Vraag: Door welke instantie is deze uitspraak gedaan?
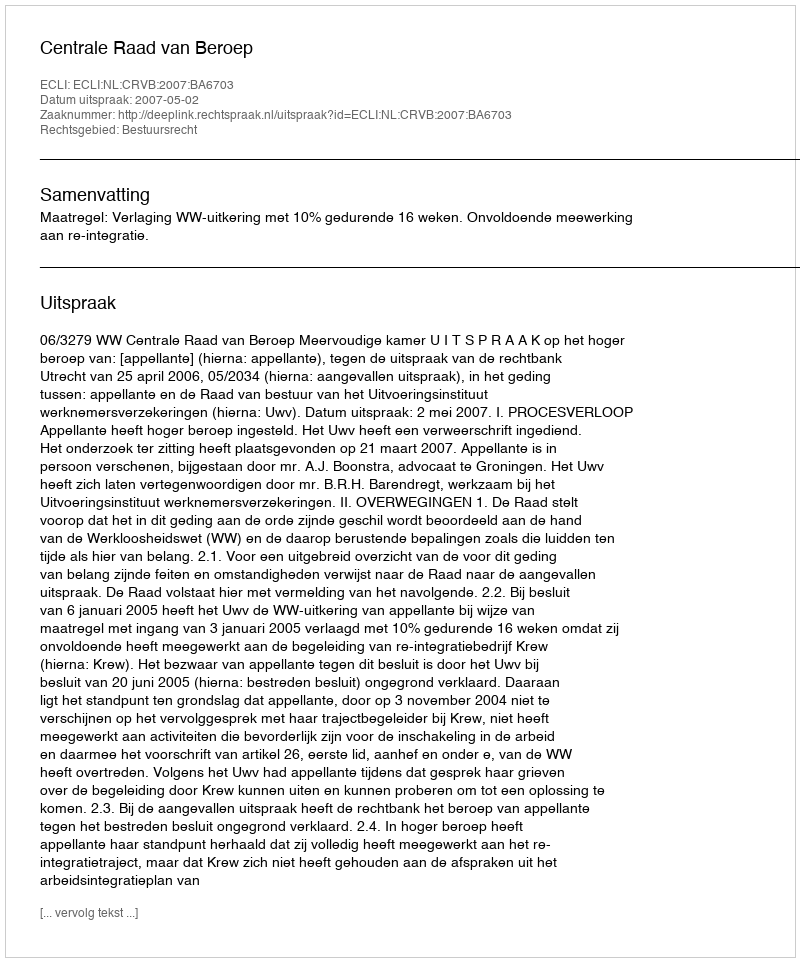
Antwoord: Centrale Raad van Beroep